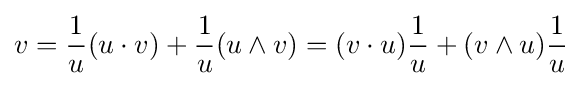
v={\frac {1}{u}}({u}\cdot v)+{\frac {1}{u}}({u}\wedge v)=({v}\cdot u){\frac {1}{u}}+(v\wedge u){\frac {1}{u}}